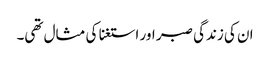
ان کی زندگی صبر اور استغنا کی مثال تھی۔